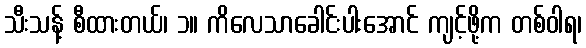
သီးသန့် စီထားတယ်၊ ၁။ ကိလေသာခေါင်းပါးအောင် ကျင့်ဖို့က တစ်ဝါရ၊